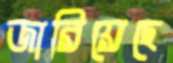
জারিয়েছে